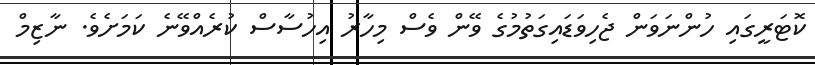
ކޮޓަރީގައި ހުންނަވަން ޖެހިވަޑައިގަތުމުގެ ވޭން ވެސް މިހާރު އިހުސާސް ކުރެއްވޭނެ ކަމަށެވެ. ނާޒިމް